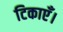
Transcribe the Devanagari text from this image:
टिकाएँ।